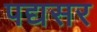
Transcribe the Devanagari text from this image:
पद्यसर